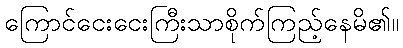
ကြောင်ငေးငေးကြီးသာစိုက်ကြည့်နေမိ၏။